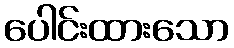
ပေါင်းထားသော